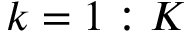
k = 1 : K